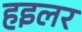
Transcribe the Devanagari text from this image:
हइलर